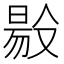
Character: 𠭲